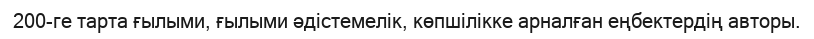
200-ге тарта ғылыми, ғылыми әдістемелік, көпшілікке арналған еңбектердің авторы.